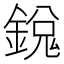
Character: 𫒵